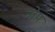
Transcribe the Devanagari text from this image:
नोप